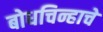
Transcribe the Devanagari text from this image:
बोधचिन्हाचे